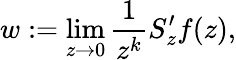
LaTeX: w:=\operatorname*{lim}_{z\to 0}\frac{1}{z^{k}}S_{z}^{\prime}f(z),